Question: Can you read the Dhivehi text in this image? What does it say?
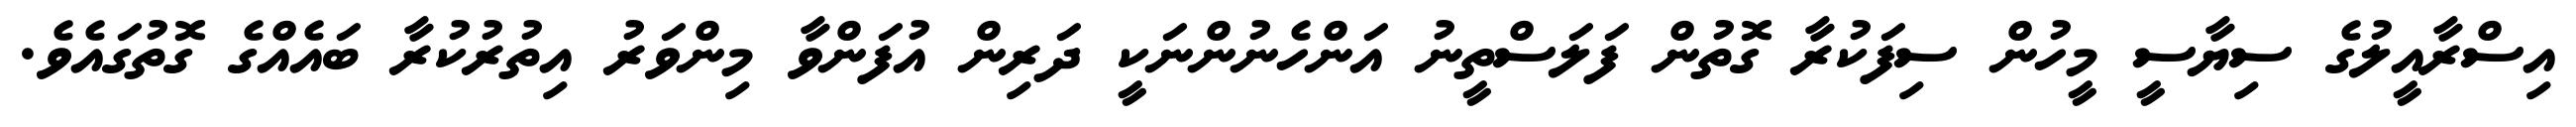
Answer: އިސްރާއީލުގެ ސިޔާސީ މީހުން ސިފަކުރާ ގޮތުން ފަލަސްތީނު އަންހެނުންނަކީ ދަރިން އުފަންވާ މިންވަރު އިތުރުކުރާ ބައެއްގެ ގޮތުގައެވެ.